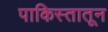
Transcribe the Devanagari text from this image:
पाकिस्तातून